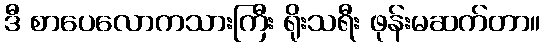
ဒီ စာပေလောကသားကြီး ရိုးသရီး ဖုန်းမဆက်တာ။